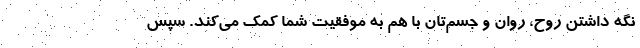
نگه داشتن روح، روان و جسم‌تان با هم به موفقیت شما کمک می‌کند. سپس